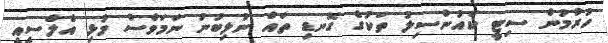
ހުރުުމުން ސިޓީ ކައުންސިލު ތަކުގެ ގޮނޑި ތައް ނުލިބުނު ނަމަވެސް މުޅި އެލްސީއީ